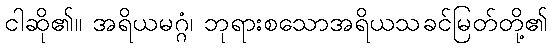
ငါဆို၏။ အရိယမဂ္ဂံ၊ ဘုရားစသောအရိယသခင်မြတ်တို့၏